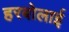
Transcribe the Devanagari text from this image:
हरबोलाई